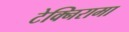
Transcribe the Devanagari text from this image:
टेक्निरामा